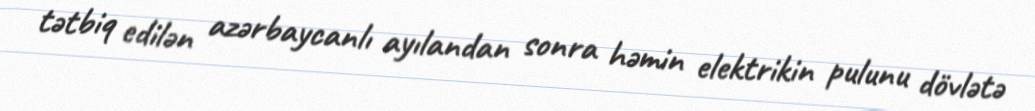
tətbiq edilən azərbaycanlı ayılandan sonra həmin elektrikin pulunu dövlətə